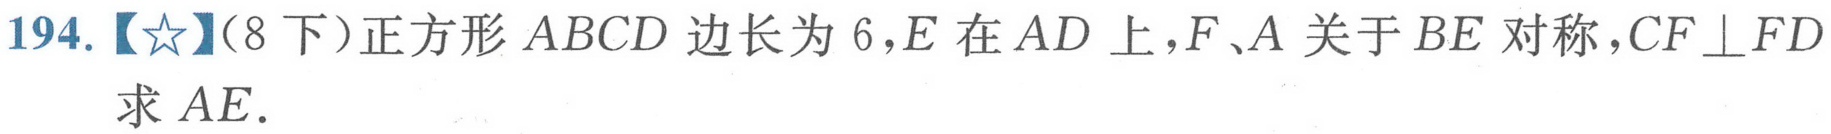
194.【★】(8 下)正方形 \(ABCD\) 边长为 \(6\)，\(E\) 在 \(AD\) 上，\(F\)、\(A\) 关于 \(BE\) 对称，\(CF\perp FD\)求 \(AE\).